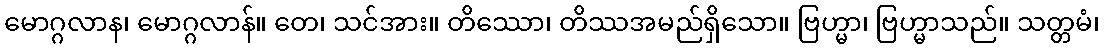
မောဂ္ဂလာန၊ မောဂ္ဂလာန်။ တေ၊ သင်အား။ တိဿော၊ တိဿအမည်ရှိသော။ ဗြဟ္မာ၊ ဗြဟ္မာသည်။ သတ္တမံ၊